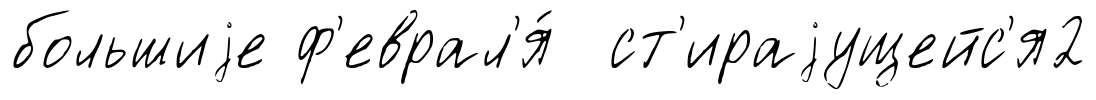
большиjе ф'еврал'я́ ст'ираjущейс'я2